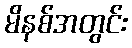
မိနစ်အတွင်း